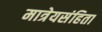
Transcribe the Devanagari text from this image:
मात्रेयसंहिता